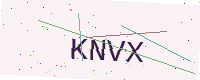
Text: KNVX